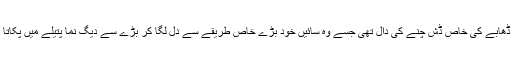
اس ڈھابے کی خاص ڈش چنے کی دال تھی جسے وہ سائیں خود بڑے خاص طریقے سے دل لگا کر بڑے سے دیگ نما پتیلے میں پکاتا تھا۔